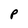
Character: P